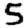
Digit: 5